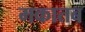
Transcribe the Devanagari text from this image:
मकातब